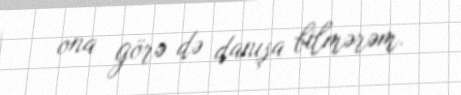
ona görə də danışa bilmərəm.